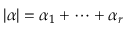
| \alpha | = \alpha _ { 1 } + \cdots + \alpha _ { r }